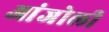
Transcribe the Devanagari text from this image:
आंजोली